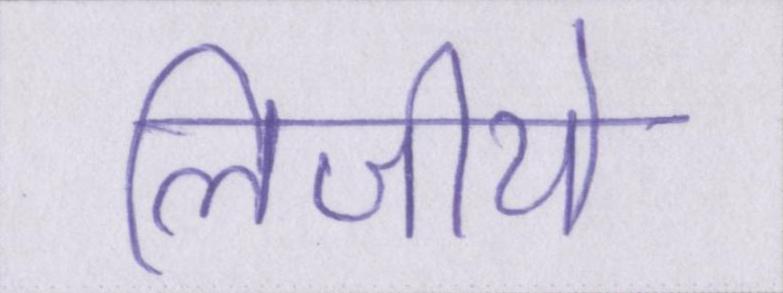
लिजीये